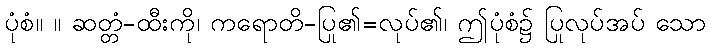
ပုံစံ။ ။ ဆတ္တံ-ထီးကို၊ ကရောတိ-ပြု၏=လုပ်၏၊ ဤပုံစံ၌ ပြုလုပ်အပ် သော